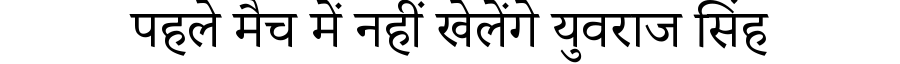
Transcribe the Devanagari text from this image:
पहले मैच में नहीं खेलेंगे युवराज सिंह